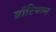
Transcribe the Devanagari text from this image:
ब्रॉटियास